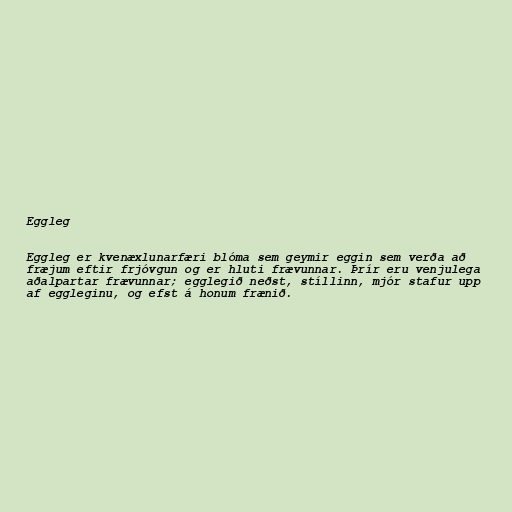
Eggleg

Eggleg er kvenæxlunarfæri blóma sem geymir eggin sem verða að
fræjum eftir frjóvgun og er hluti frævunnar. Þrír eru venjulega
aðalpartar frævunnar; egglegið neðst, stíllinn, mjór stafur upp
af eggleginu, og efst á honum frænið.